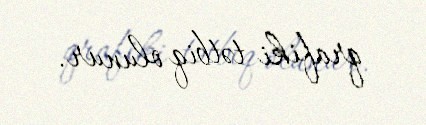
qrafiki tətbiq olunur.